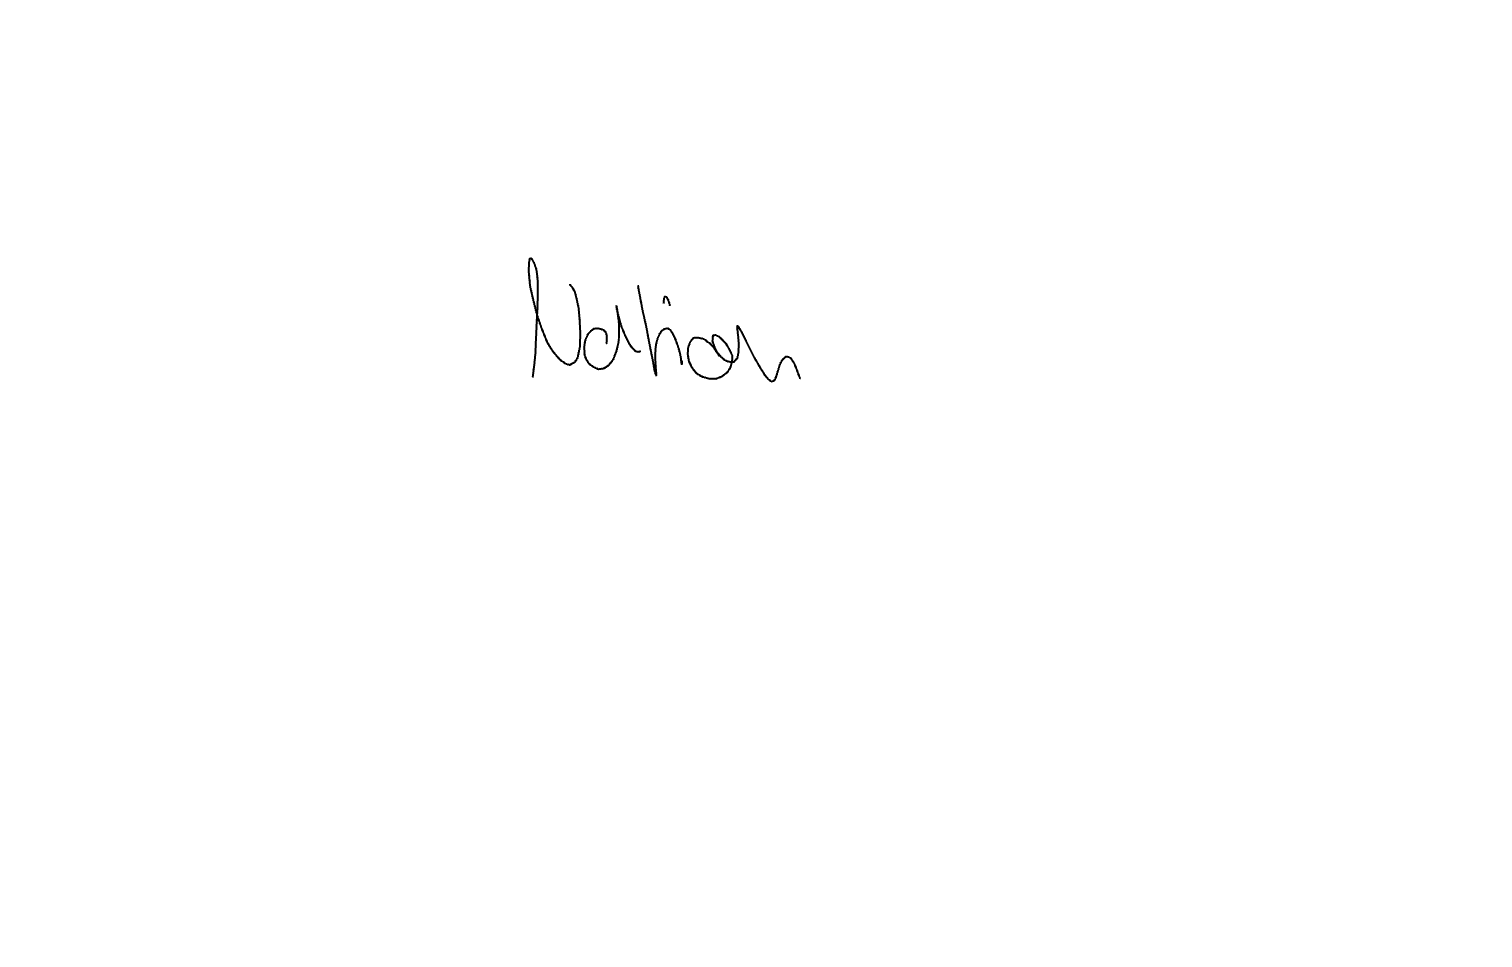
Text: Nation